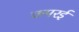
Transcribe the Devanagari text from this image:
कपरई